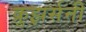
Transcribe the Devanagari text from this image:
क्रुझर्सनी